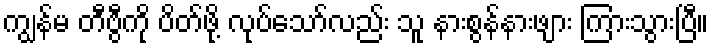
ကျွန်မ တီဗွီကို ပိတ်ဖို့ လုပ်သော်လည်း သူ နားစွန်နားဖျား ကြားသွားပြီ။